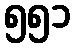
၅၅၁